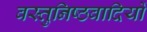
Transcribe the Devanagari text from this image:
वस्तुनिष्ठवादियों